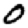
Digit: 0